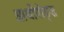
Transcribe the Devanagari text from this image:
आर्थोपोड्स